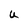
Character: U